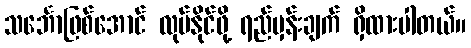
သင်္ဘောဖြစ်အောင် လုပ်နိုင်ဖို့ ရည်မှန်းချက် ရှိထားပါတယ်။